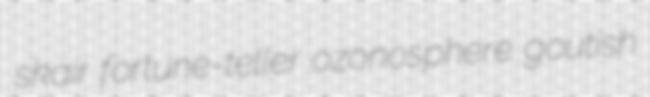
skair fortune-teller ozonosphere goutish